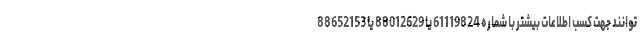
توانند جهت کسب اطلاعات بیشتر با شماره 61119824 یا 88012629 یا 88652153